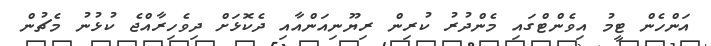
އަންހެން ޓީމު އިވެންޓްގައި މެންދުރު ކުރިން ރިޔޫނިއަންއާއި ދެކޮޅަށް ދިވެހިރާއްޖެ ކުޅުނު މެޗުން